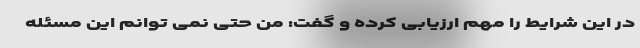
در این شرایط را مهم ارزیابی کرده و گفت: من حتی نمی توانم این مسئله